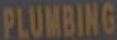
PLUMBING